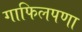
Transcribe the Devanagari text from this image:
गाफिलपणा